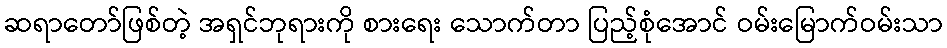
ဆရာတော်ဖြစ်တဲ့ အရှင်ဘုရားကို စားရေး သောက်တာ ပြည့်စုံအောင် ဝမ်းမြောက်ဝမ်းသာ